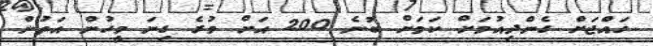
ހައްޖަށް ގެންދިއުމަށް ކަމަށް ބުނެ 200 އަށް ވުރެ ގިނަ މީހުން އަތުން